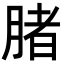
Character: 䐗